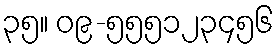
၃၅။ ၀၉-၅၅၅၁၂၃၄၅၆